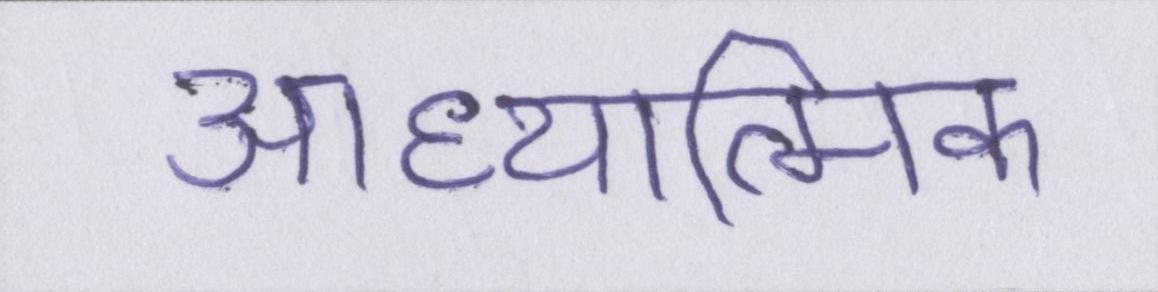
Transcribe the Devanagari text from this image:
आध्यात्मिक